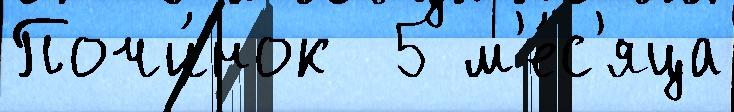
Почи́нок  5 м'е́с'яца